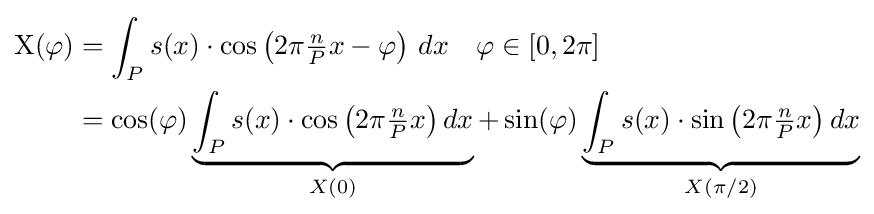
{\begin{aligned}\mathrm {X} (\varphi )&=\int _{P}s(x)\cdot \cos \left(2\pi {\tfrac {n}{P}}x-\varphi \right)\,dx\quad \varphi \in \left[0,2\pi \right]\\&=\cos(\varphi )\underbrace {\int _{P}s(x)\cdot \cos \left(2\pi {\tfrac {n}{P}}x\right)dx} _{X(0)}+\sin(\varphi )\underbrace {\int _{P}s(x)\cdot \sin \left(2\pi {\tfrac {n}{P}}x\right)dx} _{X(\pi /2)}\end{aligned}}